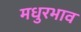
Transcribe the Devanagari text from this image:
मधुरभाव